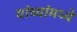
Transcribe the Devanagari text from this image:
यांच्यांमध्ये